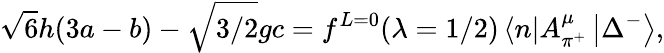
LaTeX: \sqrt{6}h(3a-b)-\sqrt{3/2}gc=f^{L=0}(\lambda=1/2)\left\langle{n}\right|A_{\pi^{+}}^{\mu}\left|{\Delta}^{-}\right\rangle,